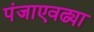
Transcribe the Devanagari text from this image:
पंजाएवढ्या